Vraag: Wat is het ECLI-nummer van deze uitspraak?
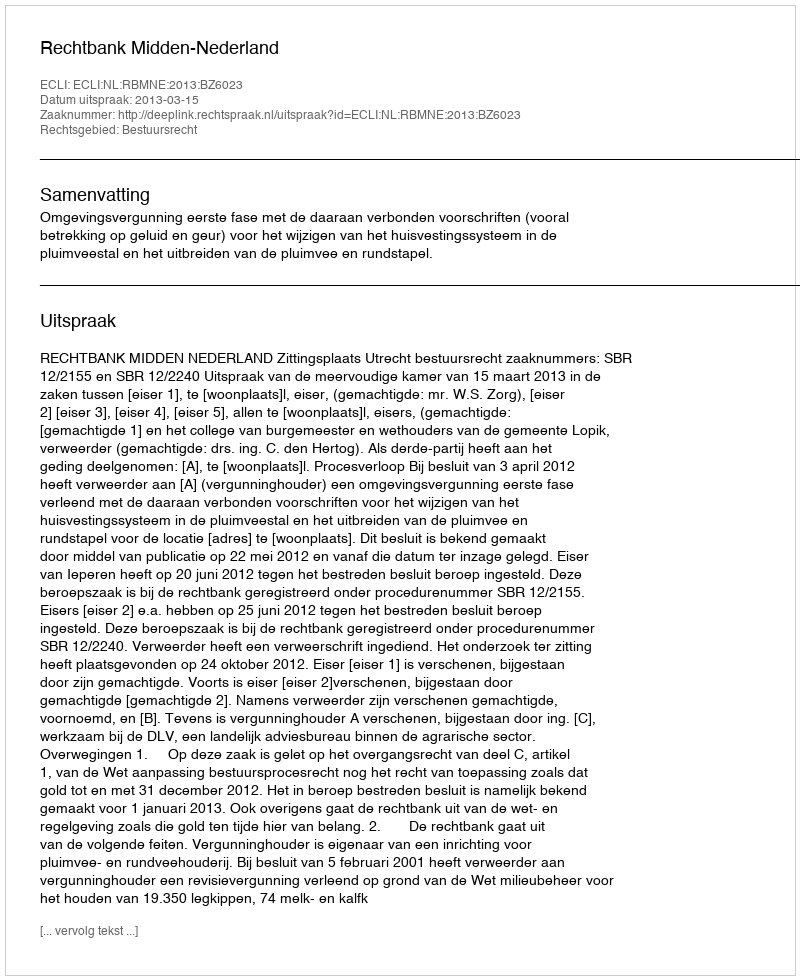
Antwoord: ECLI:NL:RBMNE:2013:BZ6023